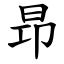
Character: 昻